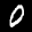
Label: 0